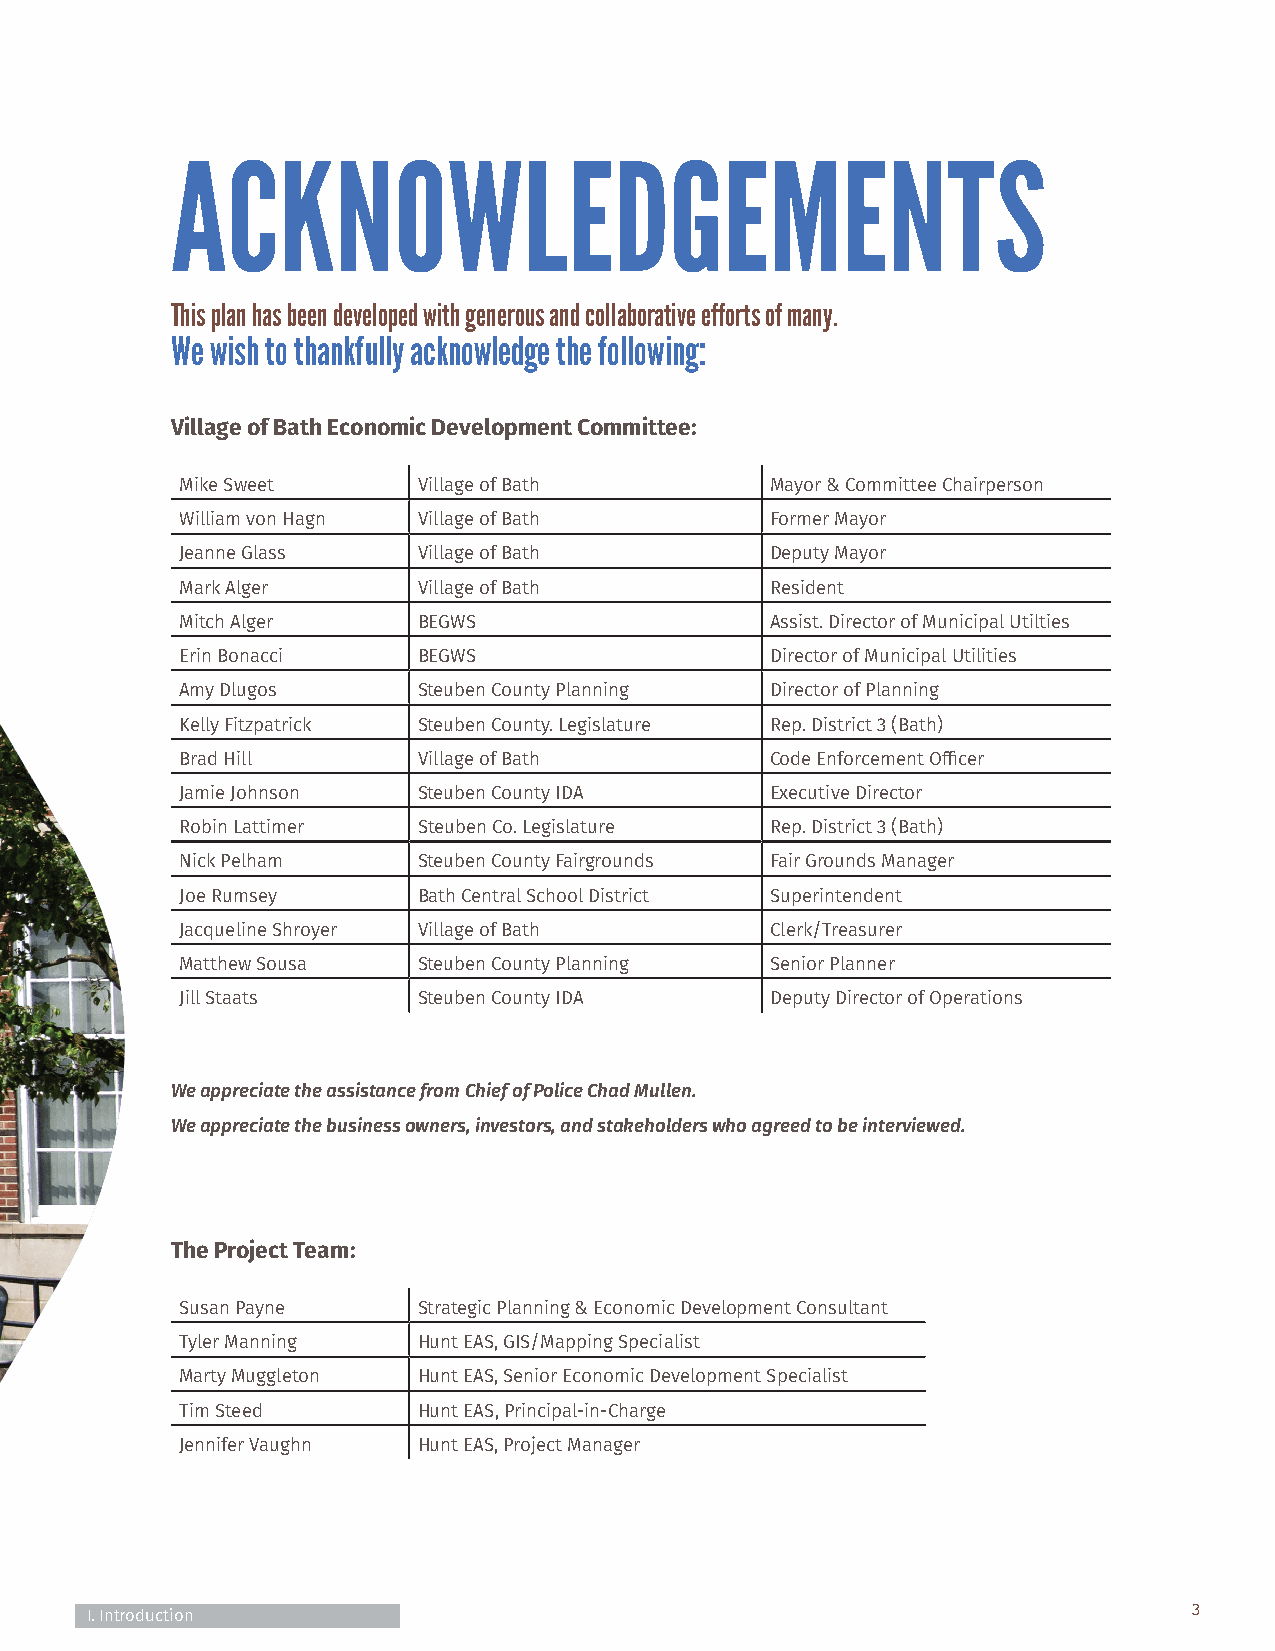
ACKNOWLEDGEMENTS
 This plan has been developed with generous and collaborative efforts of many.
 We wish to thankfully acknowledge the following:
 Village of Bath Economic Development Committee:
 Mike Sweet      Village of Bath        Mayor & Committee Chairperson
 William von Hagn Village of Bath       Former Mayor
 Jeanne Glass    Village of Bath        Deputy Mayor
 Mark Alger      Village of Bath        Resident
 Mitch Alger     BEGWS                  Assist. Director of Municipal Utilties
 Erin Bonacci    BEGWS                  Director of Municipal Utilities
 Amy Dlugos      Steuben County Planning Director of Planning
 Kelly Fitzpatrick Steuben County. Legislature Rep. District 3 (Bath)
 Brad Hill       Village of Bath        Code Enforcement Officer
 Jamie Johnson   Steuben County IDA     Executive Director
 Robin Lattimer  Steuben Co. Legislature Rep. District 3 (Bath)
 Nick Pelham     Steuben County Fairgrounds Fair Grounds Manager
 Joe Rumsey      Bath Central School District Superintendent
 Jacqueline Shroyer Village of Bath     Clerk/Treasurer
 Matthew Sousa   Steuben County Planning Senior Planner
 Jill Staats     Steuben County IDA     Deputy Director of Operations
 We appreciate the assistance from Chief of Police Chad Mullen.
 We appreciate the business owners, investors, and stakeholders who agreed to be interviewed.
 The Project Team:
 Susan Payne     Strategic Planning & Economic Development Consultant
 Tyler Manning   Hunt EAS, GIS/Mapping Specialist
 Marty Muggleton Hunt EAS, Senior Economic Development Specialist
 Tim Steed       Hunt EAS, Principal-in-Charge
 Jennifer Vaughn Hunt EAS, Project Manager
 I. Introduction                                                          3